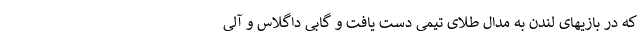
که در بازیهای لندن به مدال طلای تیمی دست یافت و گابی داگلاس و آلی